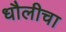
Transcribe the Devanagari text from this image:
धौलीचा